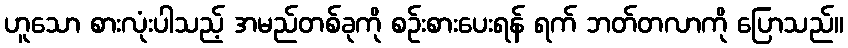
ဟူသော စားလုံးပါသည့် အမည်တစ်ခုကို စဉ်းစားပေးရန် ရက် ဘတ်တလာကို ပြောသည်။